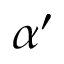
\alpha ^ { \prime }